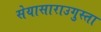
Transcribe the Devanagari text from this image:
सेयासाराउगुस्ता